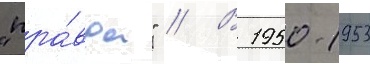
"пра́вда" // В 1950-1953